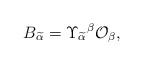
LaTeX: \begin{align*}B_{\widetilde{\alpha}}=\Upsilon_{\widetilde{\alpha}}{}^{\beta}{\cal O}_{\beta},\end{align*}